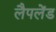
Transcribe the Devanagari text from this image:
लैपलेंड